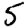
Digit: 5